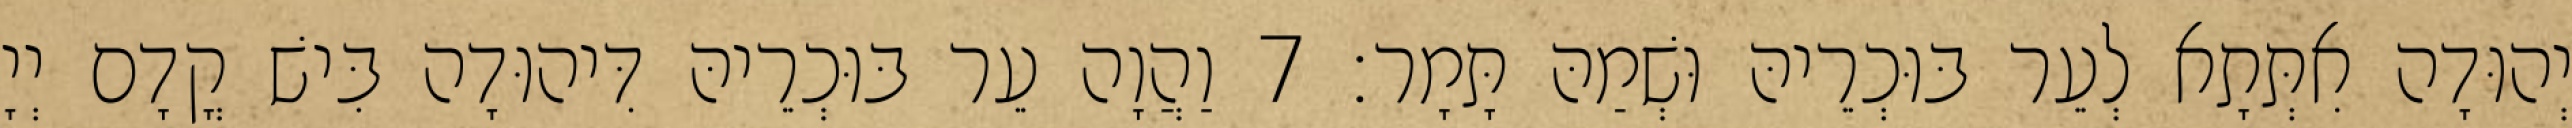
יְהוּדָה אִתְּתָא לְעֵר בּוּכְרֵיהּ וּשְׁמַהּ תָּמָר׃ 7 וַהֲוָה עֵר בּוּכְרֵיהּ דִּיהוּדָה בִּישׁ קֳדָם יְיָ